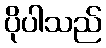
ပိုပါသည်